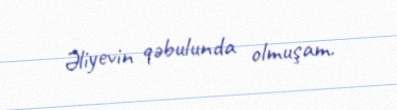
Əliyevin qəbulunda olmuşam.